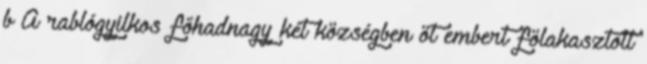
b A rablógyilkos főhadnagy két községben öt embert fölakasztott